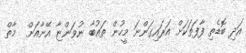
އަދި ބޮޑެތި ފާފަތަކަށް އަރައިގަންނަ މީހުން ތައުބާ ނުވަންޏާ އޭނާއަށް  މާތް